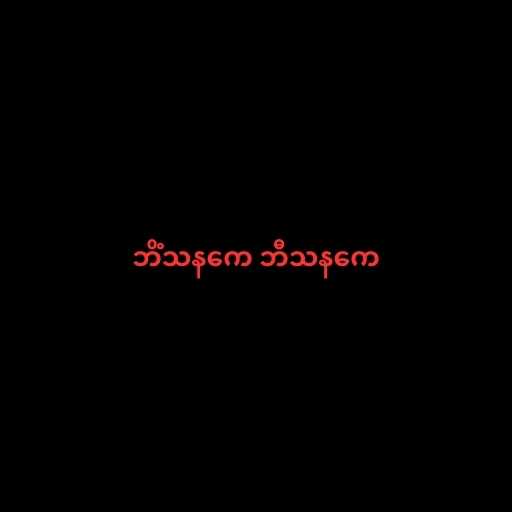
ဘိံသနကေ ဘီသနကေ